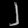
Digit: ၂